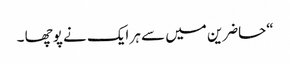
“حاضرین میں سے ہر ایک نے پوچھا ۔